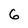
Character: 6